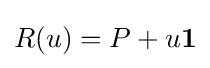
R(u)=P+u\mathbf {1}